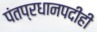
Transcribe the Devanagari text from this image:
पंतप्रधानपदीही